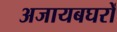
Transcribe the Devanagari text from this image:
अजायबघरों